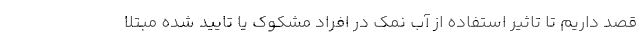
قصد داریم تا تاثیر استفاده از آب نمک در افراد مشکوک یا تایید شده مبتلا